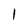
Character: l